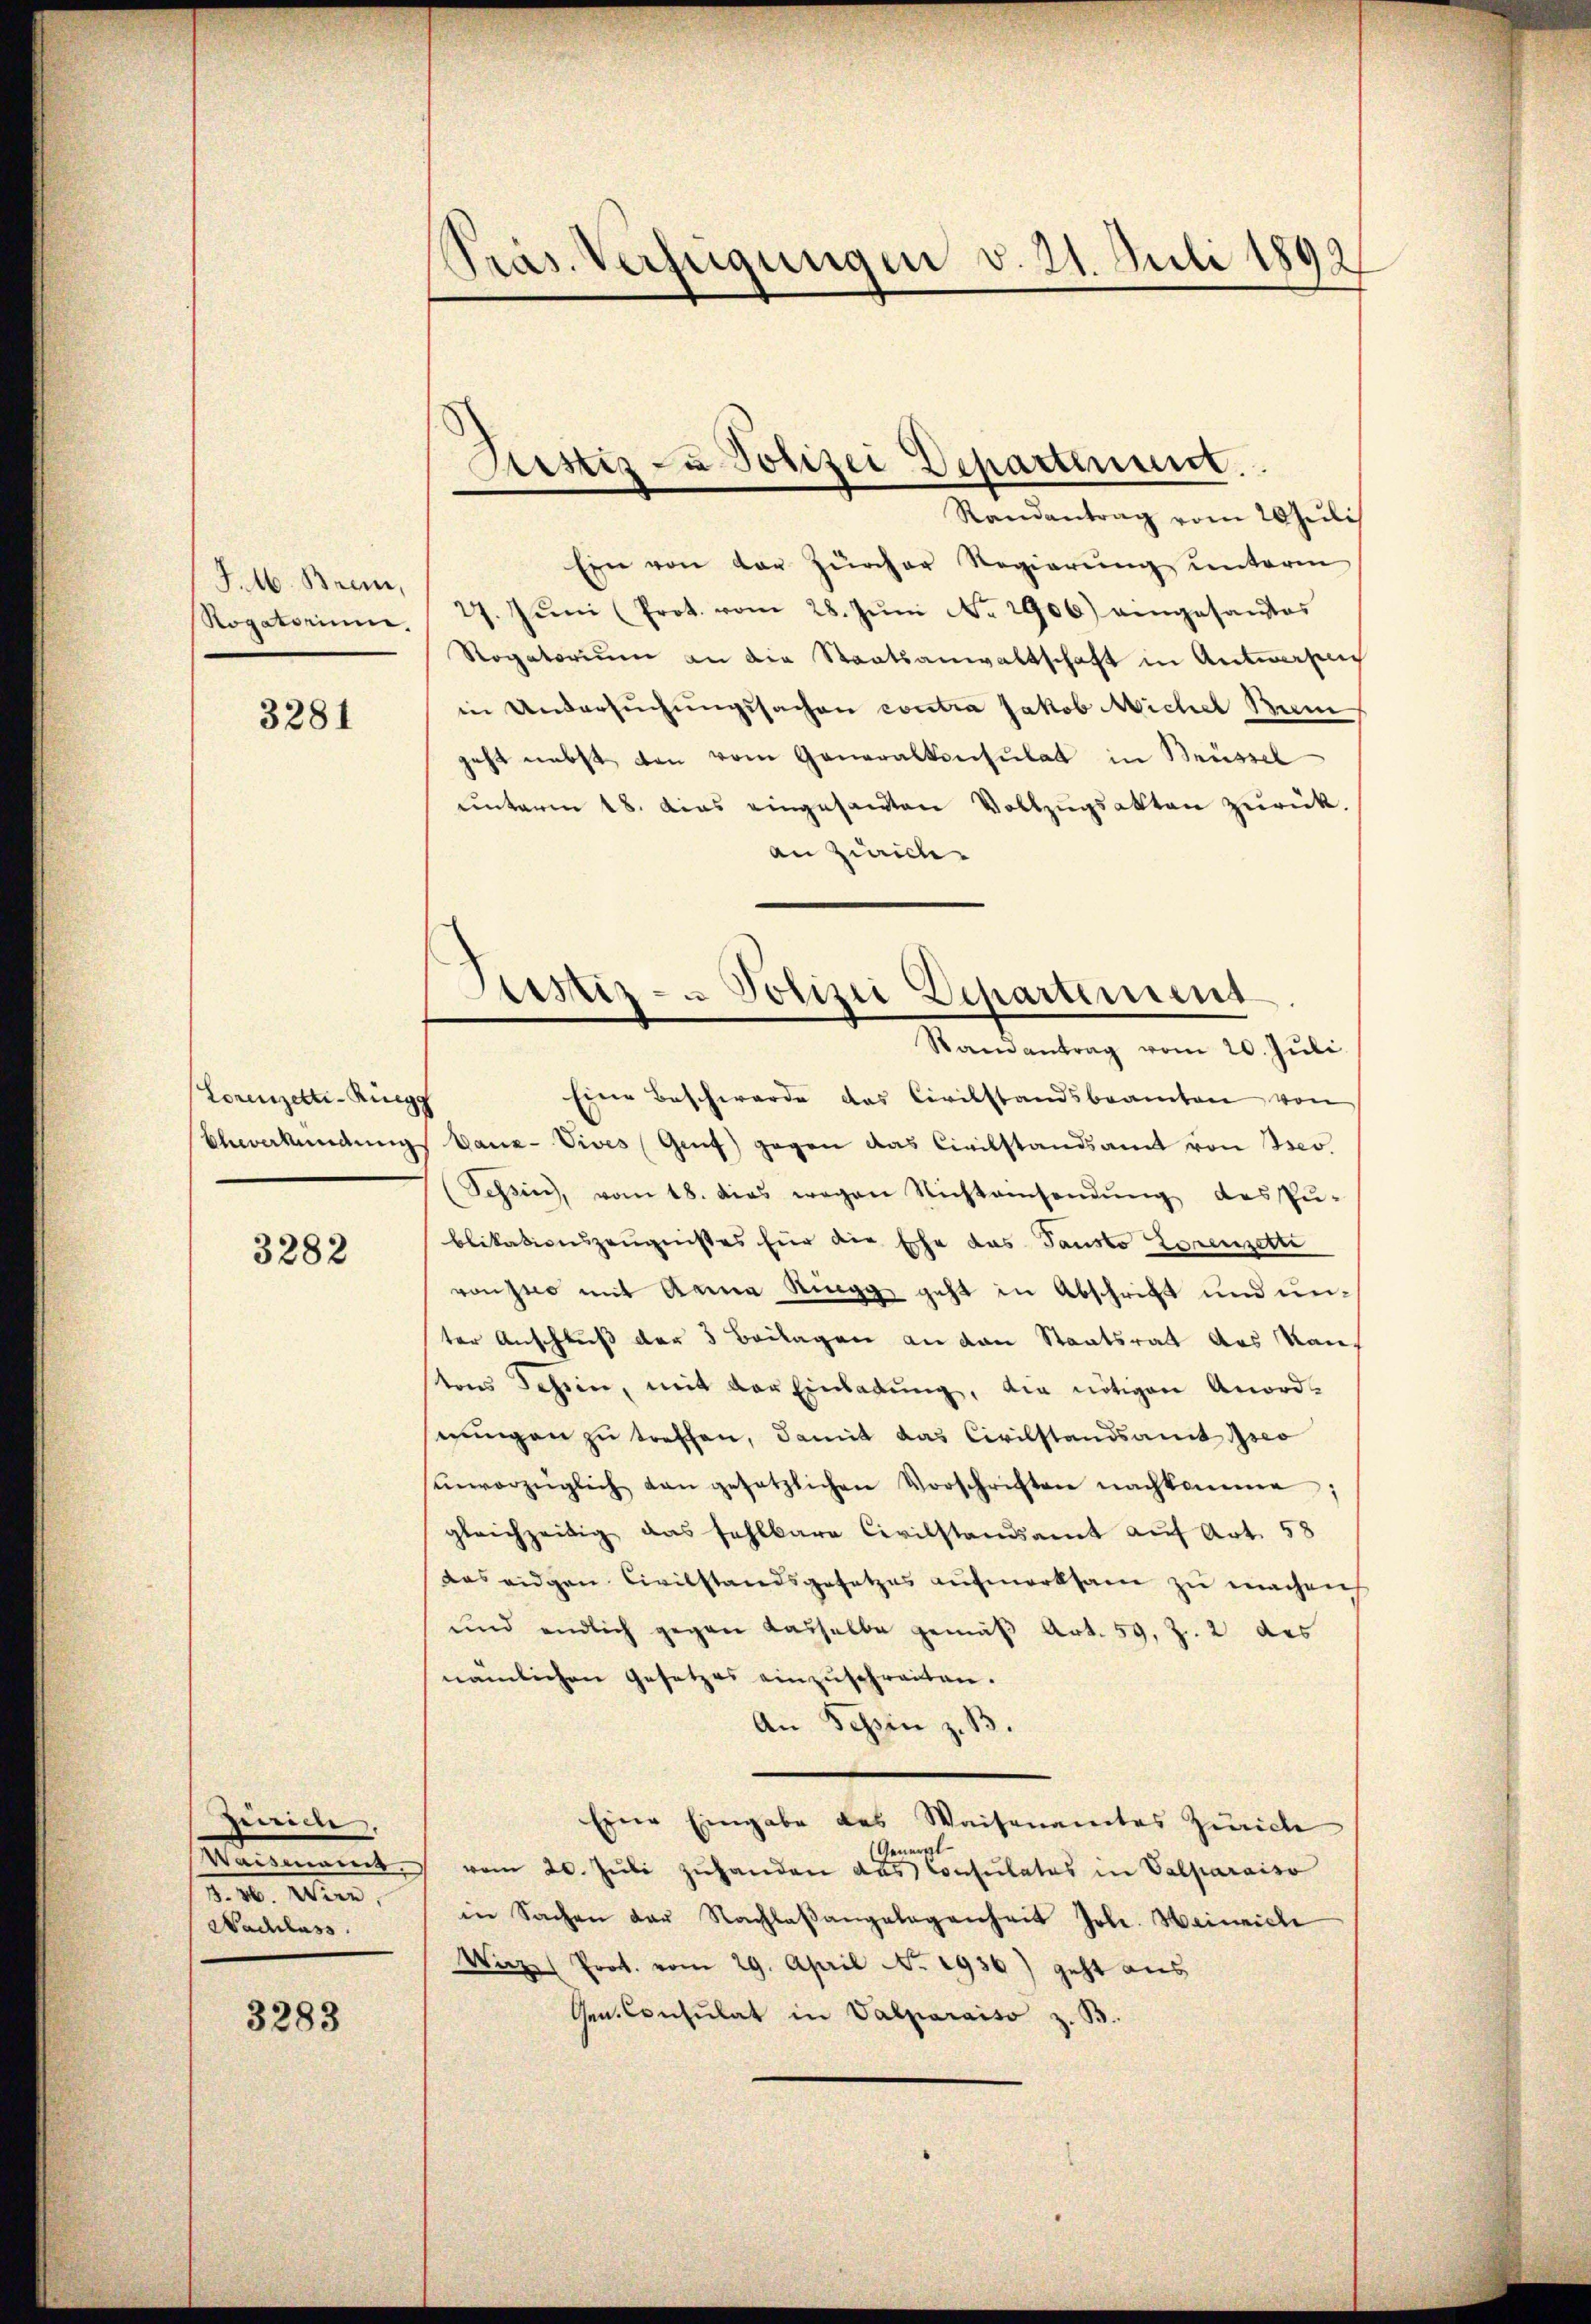
J.M. Brann,
Rogatorium,

3281

Lorenzelti-Ruegg
Blverkündung

3282

Zeich,
Waismannt
3. 20 te
Nachlass

3283

Präs. Verfügungen v. 21. Juli 1892

Sistiz- u Polizei Departement.
e

Randantrag vom 20 Juli
Ein von der Zürcher Regierŭng ŭnterm
27. Jŭni (Prot. vom 28. Jŭni No 1906) eingesandtes
Rogatoriŭm an die Staatsanwaltschaft in Antworfen
in Andersuchungssachen contra Jakob Michel Bun
geht nebst den vom Generalkonsulat in Brüssel
unterm 18. Das eingesandten Vollzŭgsakten zurück.
an Zürich
Eine Beschwerde das Civilstandsbeamten von
banz-Vives (Genf) gegen das Civilstandsamt von Iser.
Tessin, vom 18. dies wegen Nichtamsendŭng des pŭ-
blikationszeugnißes für die Ehe das Pausto Lorenzetti
von zuo mit Anna Ringg geht in Abschrift und unter Anschluß der 3 Beilagen an den Staatsratt des Kanons Jahren, mit der Einladŭng, die nötigen Anord-
stungen zu treffen, damit das Civilstandsamt so
ŭnvorzüglich den gesetzlichen Vorschriften nachkomme;
gleichzeitig das fehlbare Civilstandsamt auf Art. 58
das eidgen Civilstandsgesetzes aufmerksam zu machen
und endlich gegen dasselbe gemäβ Art. 59. Z. 2 des
nämlichen Gesetzes einzŭschreiten.
An Tessin z. B.
Eine Eingabe des Waisenamtes Zürich
General-
vom 20. Juli zuhanden das Consulates in Valparaiso
in Sachen der Nachlaβangelegenheit Joh. Heinrich
Wirzel Prot. vom 29. April No. 1936) geht aus
Gen. Consulat in Valparaiso z. B.

Astiz- & Polizei Departement
Ramantrag vom 20. Juli